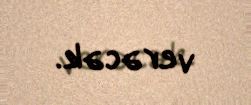
verəcək.